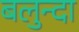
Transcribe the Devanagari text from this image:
बलुन्दा